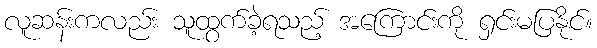
လူဆန်းကလည်း သူထွက်ခဲ့ရသည့် အကြောင်းကို ရှင်းမပြနိုင်။